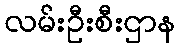
လမ်းဦးစီးဌာန